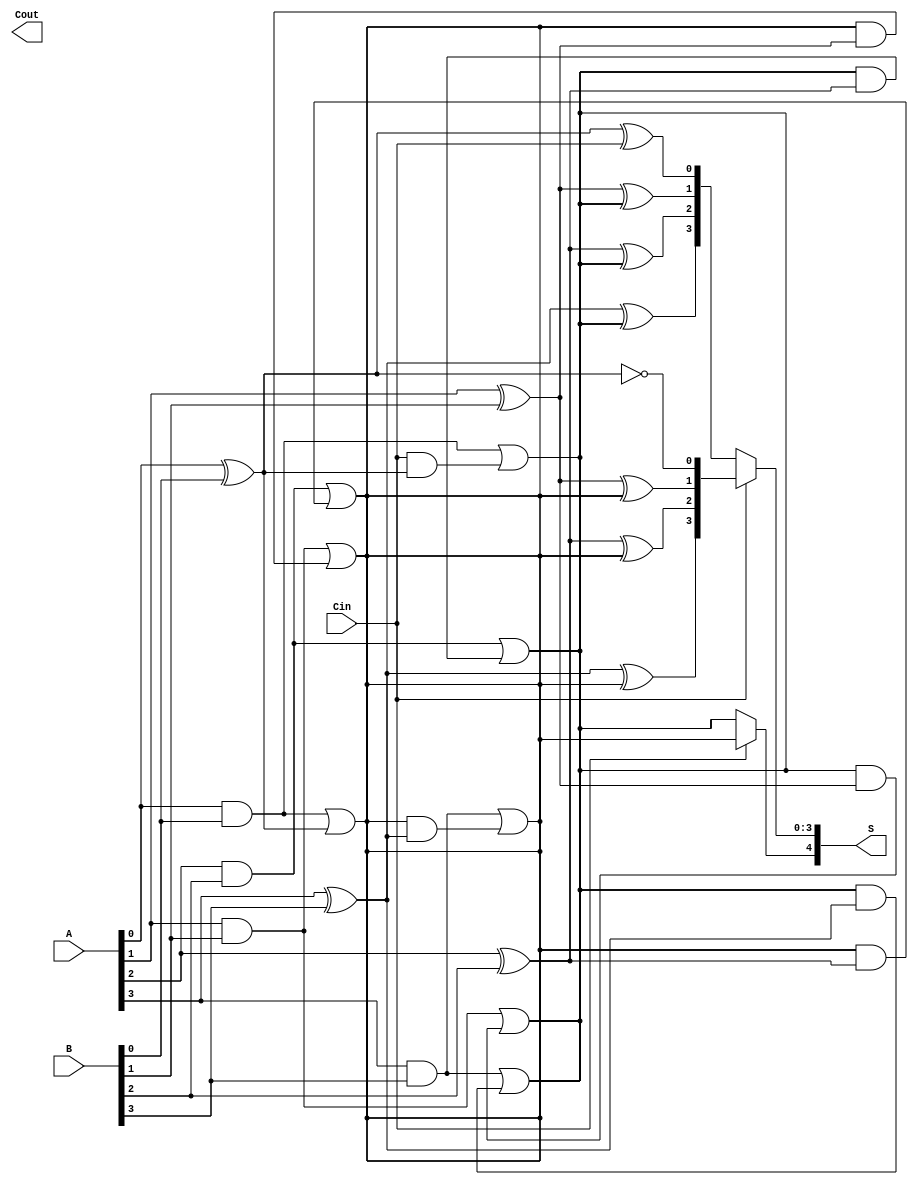
module CarrySelectAdder (
    input [3:0] A,      // 4-bit input A
    input [3:0] B,      // 4-bit input B
    input Cin,          // Carry-in
    output [4:0] S,     // 5-bit output sum (S[4] is Cout)
    output Cout         // Carry-out
);
    wire [4:0] S0;     // Sum when Cin = 0
    wire [4:0] S1;     // Sum when Cin = 1
    wire Cout0;        // Carry-out when Cin = 0
    wire Cout1;        // Carry-out when Cin = 1

    // Low Carry Block (when Cin = 0)
    assign S0[0] = A[0] ^ B[0] ^ Cin;               // Sum bit 0
    assign Cout0 = (A[0] & B[0]) | (Cin & (A[0] ^ B[0])); // Carry-out bit 0

    assign S0[1] = A[1] ^ B[1] ^ Cout0;            // Sum bit 1
    assign Cout0 = (A[1] & B[1]) | (Cout0 & (A[1] ^ B[1])); // Carry-out bit 1

    assign S0[2] = A[2] ^ B[2] ^ Cout0;            // Sum bit 2
    assign Cout0 = (A[2] & B[2]) | (Cout0 & (A[2] ^ B[2])); // Carry-out bit 2

    assign S0[3] = A[3] ^ B[3] ^ Cout0;            // Sum bit 3
    assign Cout0 = (A[3] & B[3]) | (Cout0 & (A[3] ^ B[3])); // Carry-out bit 3

    // High Carry Block (when Cin = 1)
    assign S1[0] = A[0] ^ B[0] ^ 1'b1;              // Sum bit 0
    assign Cout1 = (A[0] & B[0]) | (1'b1 & (A[0] ^ B[0])); // Carry-out bit 0

    assign S1[1] = A[1] ^ B[1] ^ Cout1;             // Sum bit 1
    assign Cout1 = (A[1] & B[1]) | (Cout1 & (A[1] ^ B[1])); // Carry-out bit 1

    assign S1[2] = A[2] ^ B[2] ^ Cout1;             // Sum bit 2
    assign Cout1 = (A[2] & B[2]) | (Cout1 & (A[2] ^ B[2])); // Carry-out bit 2

    assign S1[3] = A[3] ^ B[3] ^ Cout1;             // Sum bit 3
    assign Cout1 = (A[3] & B[3]) | (Cout1 & (A[3] ^ B[3])); // Carry-out bit 3

    // Selection logic
    assign S[4] = Cin ? Cout1 : Cout0;              // Final Carry-out
    assign S[3:0] = Cin ? S1[3:0] : S0[3:0];        // Select sum based on Cin

endmodule